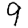
Digit: 9